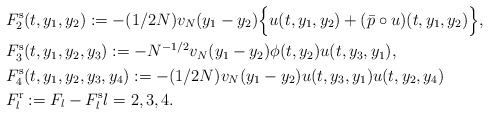
\begin{align*}& F_2^\mathrm{s}(t,y_1,y_2):=-(1/2N)v_N(y_1-y_2)\Big\{u(t,y_1,y_2)+(\bar p\circ u)(t,y_1,y_2)\Big\},\\&F_3^\mathrm{s}(t,y_1,y_2,y_3):=-N^{-1/2}v_N(y_1-y_2)\phi(t,y_2)u(t,y_3,y_1),\\& F_4^\mathrm{s}(t,y_1,y_2,y_3,y_4):=-(1/2N)v_N(y_1-y_2)u(t,y_3,y_1)u(t,y_2,y_4)\\& F_l^{\mathrm{r}}:=F_l- F_l^{\mathrm{s}}l=2,3,4.\end{align*}